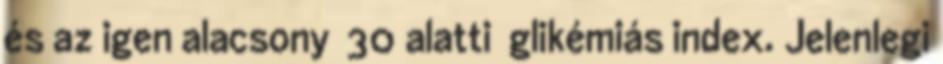
és az igen alacsony 30 alatti glikémiás index. Jelenlegi